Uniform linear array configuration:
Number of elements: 12
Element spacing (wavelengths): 0.5
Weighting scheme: exponential
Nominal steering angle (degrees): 60
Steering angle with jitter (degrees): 59.615
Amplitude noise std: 0.05
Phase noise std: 0.05

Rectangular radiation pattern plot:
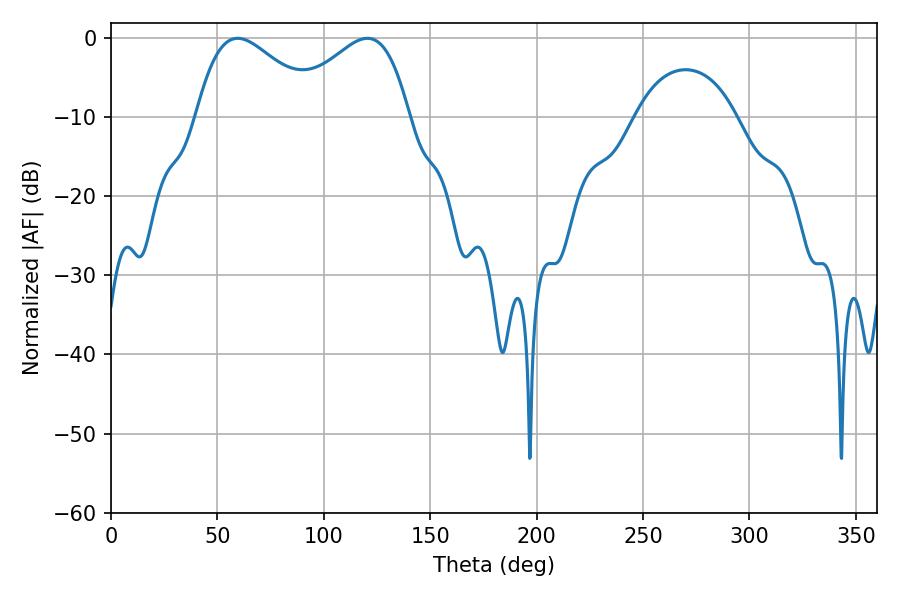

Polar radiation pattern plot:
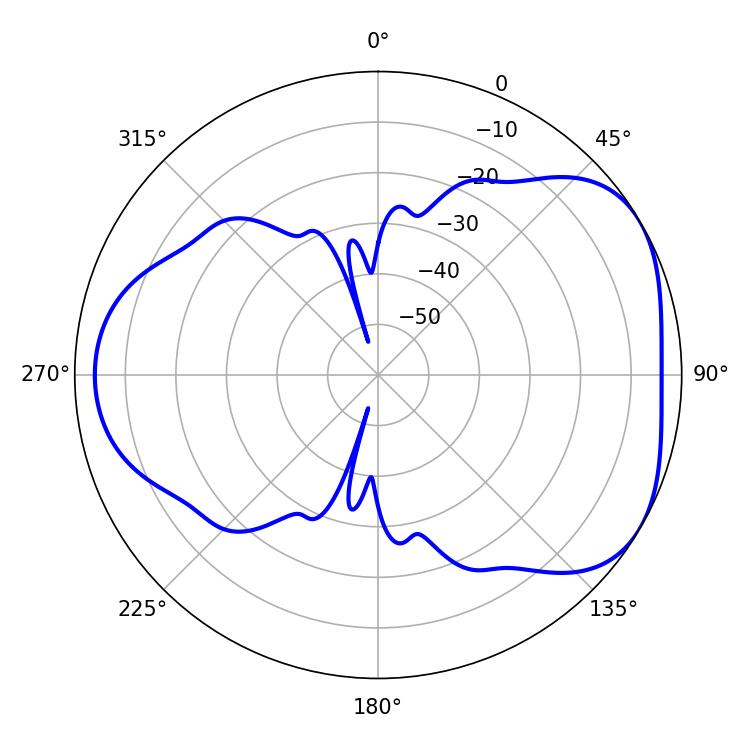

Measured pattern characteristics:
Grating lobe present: FALSE
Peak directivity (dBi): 4.402
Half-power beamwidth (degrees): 31.14
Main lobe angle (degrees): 59.58